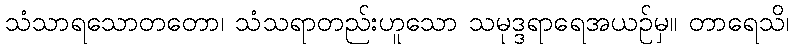
သံသာရသောတတော၊ သံသရာတည်းဟူသော သမုဒ္ဒရာရေအယဉ်မှ။ တာရေသိ၊